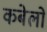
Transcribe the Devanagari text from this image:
कबेलो